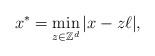
LaTeX: \begin{align*}x^{*}=\min_{z\in \mathbb{Z}^{d}}\vert x-z\ell\vert ,\end{align*}